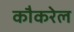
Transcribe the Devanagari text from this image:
कौकरेल